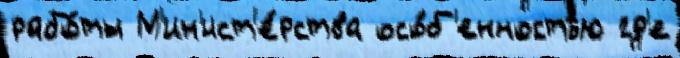
рабо́ты М'ин'ист'е́рства осо́б'енностью гд'е